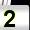
Digit: 2